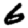
Digit: 6